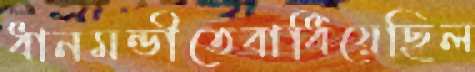
ধানমন্ডীতেবাধিয়েছিল